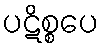
ပဋိစ္စပေ